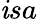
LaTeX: \mathit{i}sa